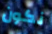
نكون